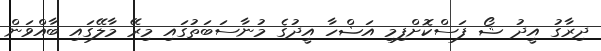
ދިރާގު އީދު ޝޯ ފަސްކޮށްފިމި އަޟްހާ އީދުގެ މުނާސަބަތުގައި މިރޭ މާލޭގައި ބާއްވަން